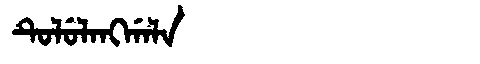
Manchu: ᡨᡠᠯᡠᠯᠠᠩᡤᠠᠯᠠ
Romanization: TULULANGGALA